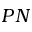
P N